Annual administration report of the Civil Veterinary Department of India - 1902-1903
Year: 1902
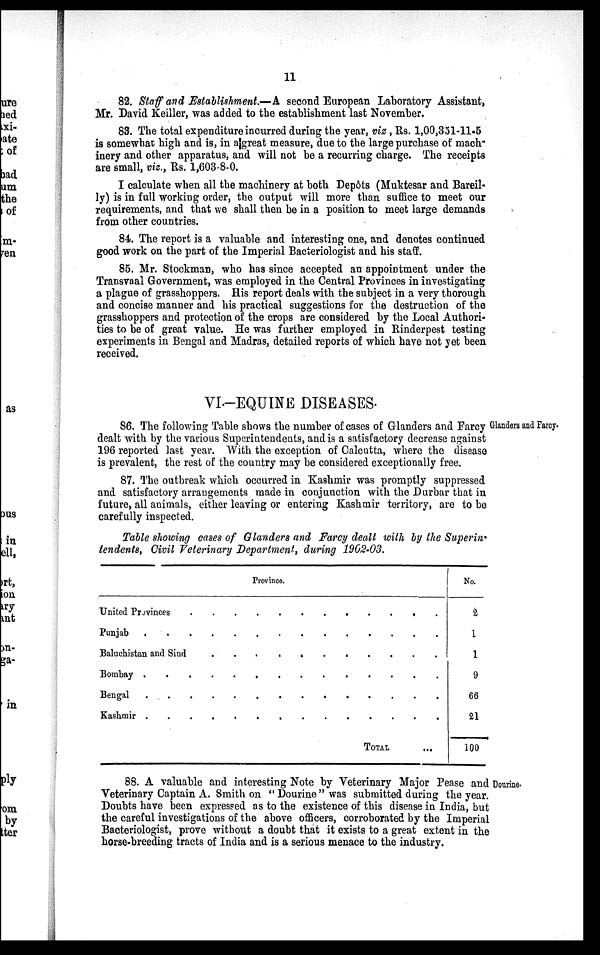
11
82. Staff and Establishment.—A second European Laboratory Assistant,
Mr. David Keiller, was added to the establishment last November.
83. The total expenditure incurred during the year, viz , Rs. 1,00,351-11-5
is somewhat high and is, in a great measure, due to the large purchase of mach¬
inery and other apparatus, and will not be a recurring charge. The receipts
are small, viz., Rs. 1,603-8-0.
I calculate when all the machinery at both Depôts (Muktesar and Bareil-
ly) is in full working order, the output will more than suffice to meet our
requirements, and that we shall then be in a position to meet large demands
from other countries.
84. The report is a valuable and interesting one, and denotes continued
good work on the part of the Imperial Bacteriologist and his staff.
85. Mr. Stockman, who has since accepted an appointment under the
Transvaal Government, was employed in the Central Provinces in investigating
a plague of grasshoppers. His report deals with the subject in a very thorough
and concise manner and his practical suggestions for the destruction of the
grasshoppers and protection of the crops are considered by the Local Authori-
ties to be of great value. He was further employed in Rinderpest testing
experiments in Bengal and Madras, detailed reports of which have not yet been
received.
VI.-EQUINE DISEASES.
Glanders and Farcy.
86. The following Table shows the number of cases of Glanders and Farcy
dealt with by the various Superintendents, and is a satisfactory decrease against
196 reported last year. With the exception of Calcutta, where the disease
is prevalent, the rest of the country may be considered exceptionally free.
87. The outbreak which occurred in Kashmir was promptly suppressed
and satisfactory arrangements made in conjunction with the Durbar that in
future, all animals, either leaving or entering Kashmir territory, are to be
carefully inspected.
Table showing cases of Glanders and Farcy dealt with by the Superin¬
tendents, Civil Veterinary Department, during 1902-03.
Province.
United Provinces . . . . . . . . . . .
Punjab . . . . . . . . . . . .
Baluchistan and Sind . . . . . . . . . .
Bombay . . . . . . . . . . . .
Bengal . . . . . . . . . . . . .
Kashmir . . . . . . . . . . . .
TOTAL
...
No.
2
1
1
9
66
21
100
Dourine.
88. A valuable and interesting Note by Veterinary Major Pease and
Veterinary Captain A. Smith on "Dourine" was submitted during the year.
Doubts have been expressed as to the existence of this disease in India, but
the careful investigations of the above officers, corroborated by the Imperial
Bacteriologist, prove without a doubt that it exists to a great extent in the
horse-breeding tracts of India and is a serious menace to the industry.